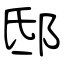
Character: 邸